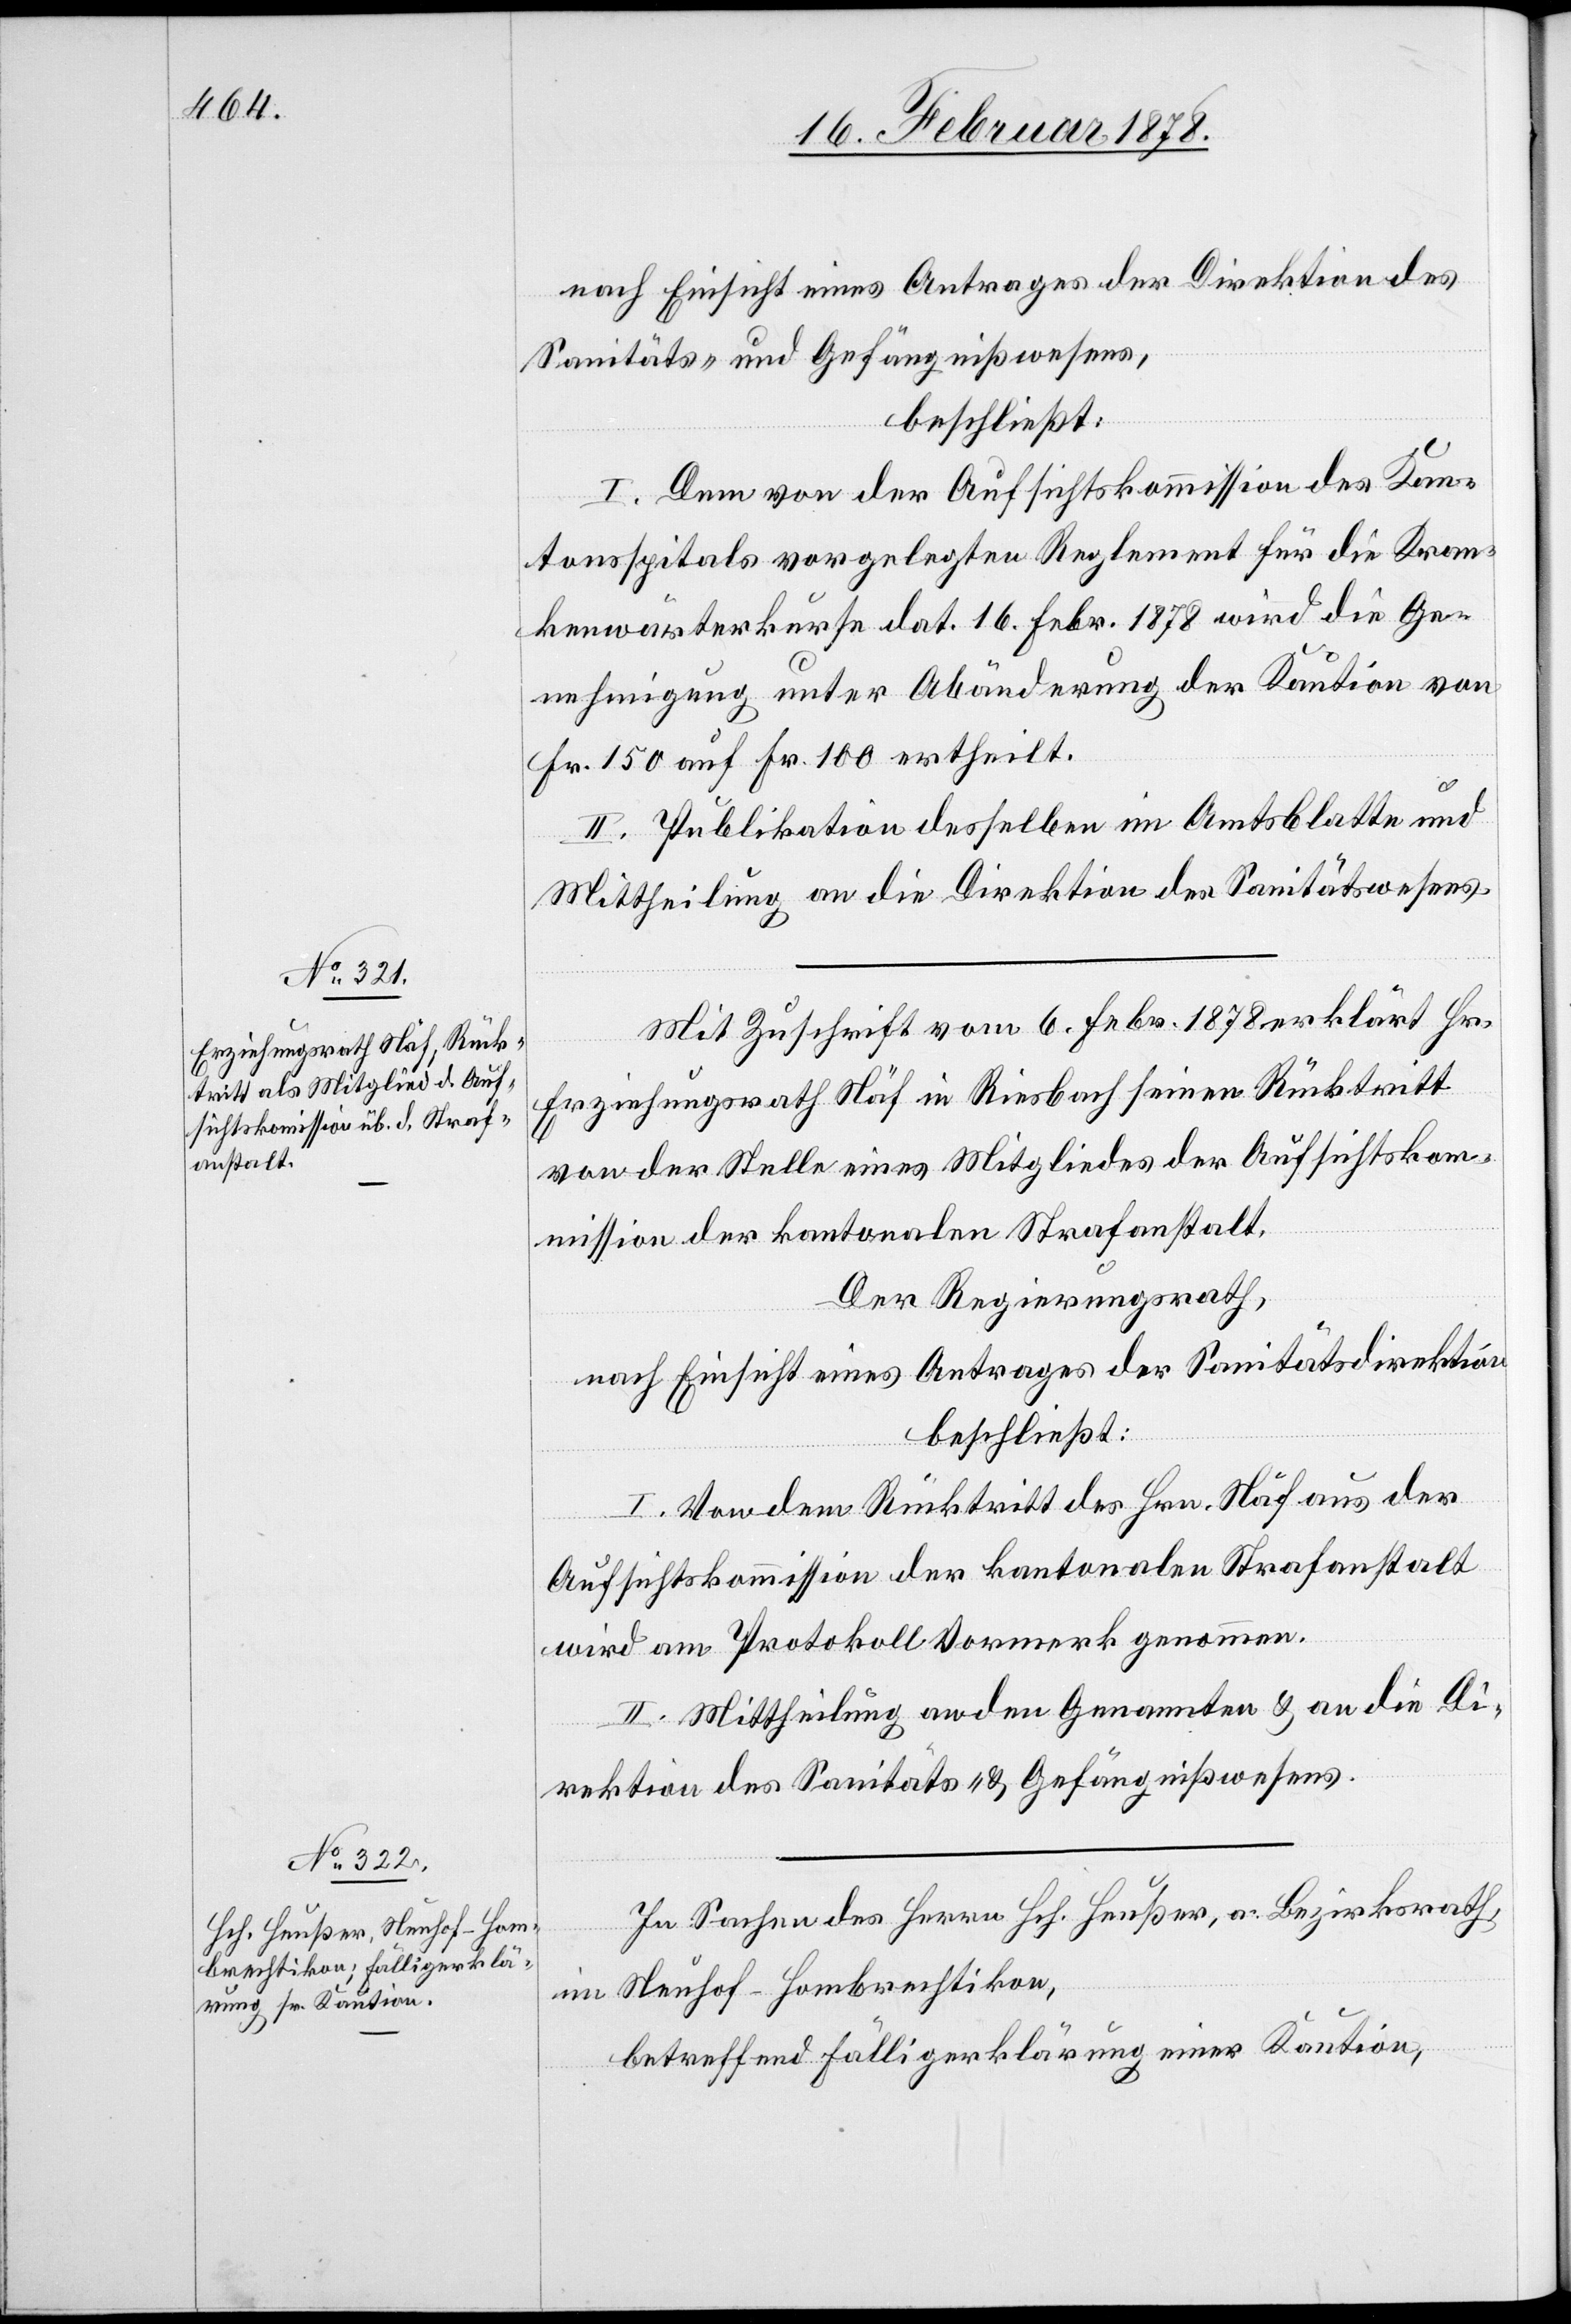
nach Einsicht eines Antrages der Direktion des
Sanitäts- & Gefängnißwesens,
beschließt:
I. Dem von der Aufsichtskommission des Kan¬
tonsspitals vorgelegten Reglement für die Kran¬
kenwärterkurse dat. 16. Febr. 1878 wird die Ge¬
nehmigung unter Abänderung der Kaution von
Fr. 150 auf Fr. 100 ertheilt.
II. Publikation desselben im Amtsblatte und
Mittheilung an die Direktion des Sanitätswesens.
Mit Zuschrift vom 6. Febr. 1878 erklärt Hr.
Erziehungsrath Näf in Riesbach seinen Rücktritt
von der Stelle eines Mitgliedes der Aufsichtsko¬
mmission der kantonalen Strafanstalt.
Der Regierungsrath,
nach Einsicht eines Antrages der Sanitätsdirektion
beschließt:
I. Von dem Rücktritt des Hrn. Näf aus der
Aufsichtskommission der kantonalen Strafanstalt
wird am Protokoll Vormerk genommen.
II. Mittheilung an den Genannten & an die Di¬
rektion des Sanitäts- & Gefängnißwesens.
In Sachen des Herrn Hch. Heußer, a. Bezirksrath,
im Neuhof - Hombrechtikon,
betreffend Fälligerklärung einer Kaution,